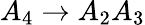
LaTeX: A_{4}\rightarrow A_{2}A_{3}